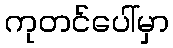
ကုတင်ပေါ်မှာ